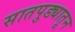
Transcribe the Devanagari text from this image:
सातपुड्यातून